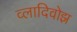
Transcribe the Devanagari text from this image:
व्लादिवोझ